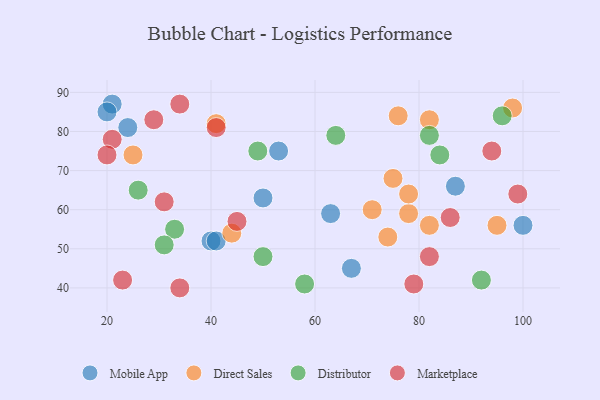
{"axis": {"x": "GDP", "y": "Life Expectancy"}, "legend": ["Direct Sales", "Distributor", "Marketplace", "Mobile App"], "data": [{"x": "67", "y": 45, "type": "Mobile App"}, {"x": "24", "y": 81, "type": "Mobile App"}, {"x": "40", "y": 52, "type": "Mobile App"}, {"x": "53", "y": 75, "type": "Mobile App"}, {"x": "50", "y": 63, "type": "Mobile App"}, {"x": "87", "y": 66, "type": "Mobile App"}, {"x": "100", "y": 56, "type": "Mobile App"}, {"x": "63", "y": 59, "type": "Mobile App"}, {"x": "21", "y": 87, "type": "Mobile App"}, {"x": "41", "y": 52, "type": "Mobile App"}, {"x": "20", "y": 85, "type": "Mobile App"}, {"x": "78", "y": 59, "type": "Direct Sales"}, {"x": "98", "y": 86, "type": "Direct Sales"}, {"x": "82", "y": 83, "type": "Direct Sales"}, {"x": "75", "y": 68, "type": "Direct Sales"}, {"x": "78", "y": 64, "type": "Direct Sales"}, {"x": "44", "y": 54, "type": "Direct Sales"}, {"x": "71", "y": 60, "type": "Direct Sales"}, {"x": "95", "y": 56, "type": "Direct Sales"}, {"x": "25", "y": 74, "type": "Direct Sales"}, {"x": "82", "y": 56, "type": "Direct Sales"}, {"x": "76", "y": 84, "type": "Direct Sales"}, {"x": "74", "y": 53, "type": "Direct Sales"}, {"x": "41", "y": 82, "type": "Direct Sales"}, {"x": "92", "y": 42, "type": "Distributor"}, {"x": "58", "y": 41, "type": "Distributor"}, {"x": "96", "y": 84, "type": "Distributor"}, {"x": "33", "y": 55, "type": "Distributor"}, {"x": "50", "y": 48, "type": "Distributor"}, {"x": "49", "y": 75, "type": "Distributor"}, {"x": "31", "y": 51, "type": "Distributor"}, {"x": "64", "y": 79, "type": "Distributor"}, {"x": "84", "y": 74, "type": "Distributor"}, {"x": "26", "y": 65, "type": "Distributor"}, {"x": "82", "y": 79, "type": "Distributor"}, {"x": "99", "y": 64, "type": "Marketplace"}, {"x": "41", "y": 81, "type": "Marketplace"}, {"x": "29", "y": 83, "type": "Marketplace"}, {"x": "21", "y": 78, "type": "Marketplace"}, {"x": "31", "y": 62, "type": "Marketplace"}, {"x": "23", "y": 42, "type": "Marketplace"}, {"x": "34", "y": 87, "type": "Marketplace"}, {"x": "20", "y": 74, "type": "Marketplace"}, {"x": "34", "y": 40, "type": "Marketplace"}, {"x": "86", "y": 58, "type": "Marketplace"}, {"x": "82", "y": 48, "type": "Marketplace"}, {"x": "94", "y": 75, "type": "Marketplace"}, {"x": "45", "y": 57, "type": "Marketplace"}, {"x": "79", "y": 41, "type": "Marketplace"}]}